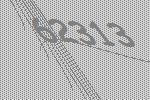
62313